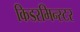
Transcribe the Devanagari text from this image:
किडरमिन्स्टर